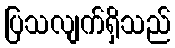
ပြသလျက်ရှိသည်